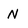
Character: N